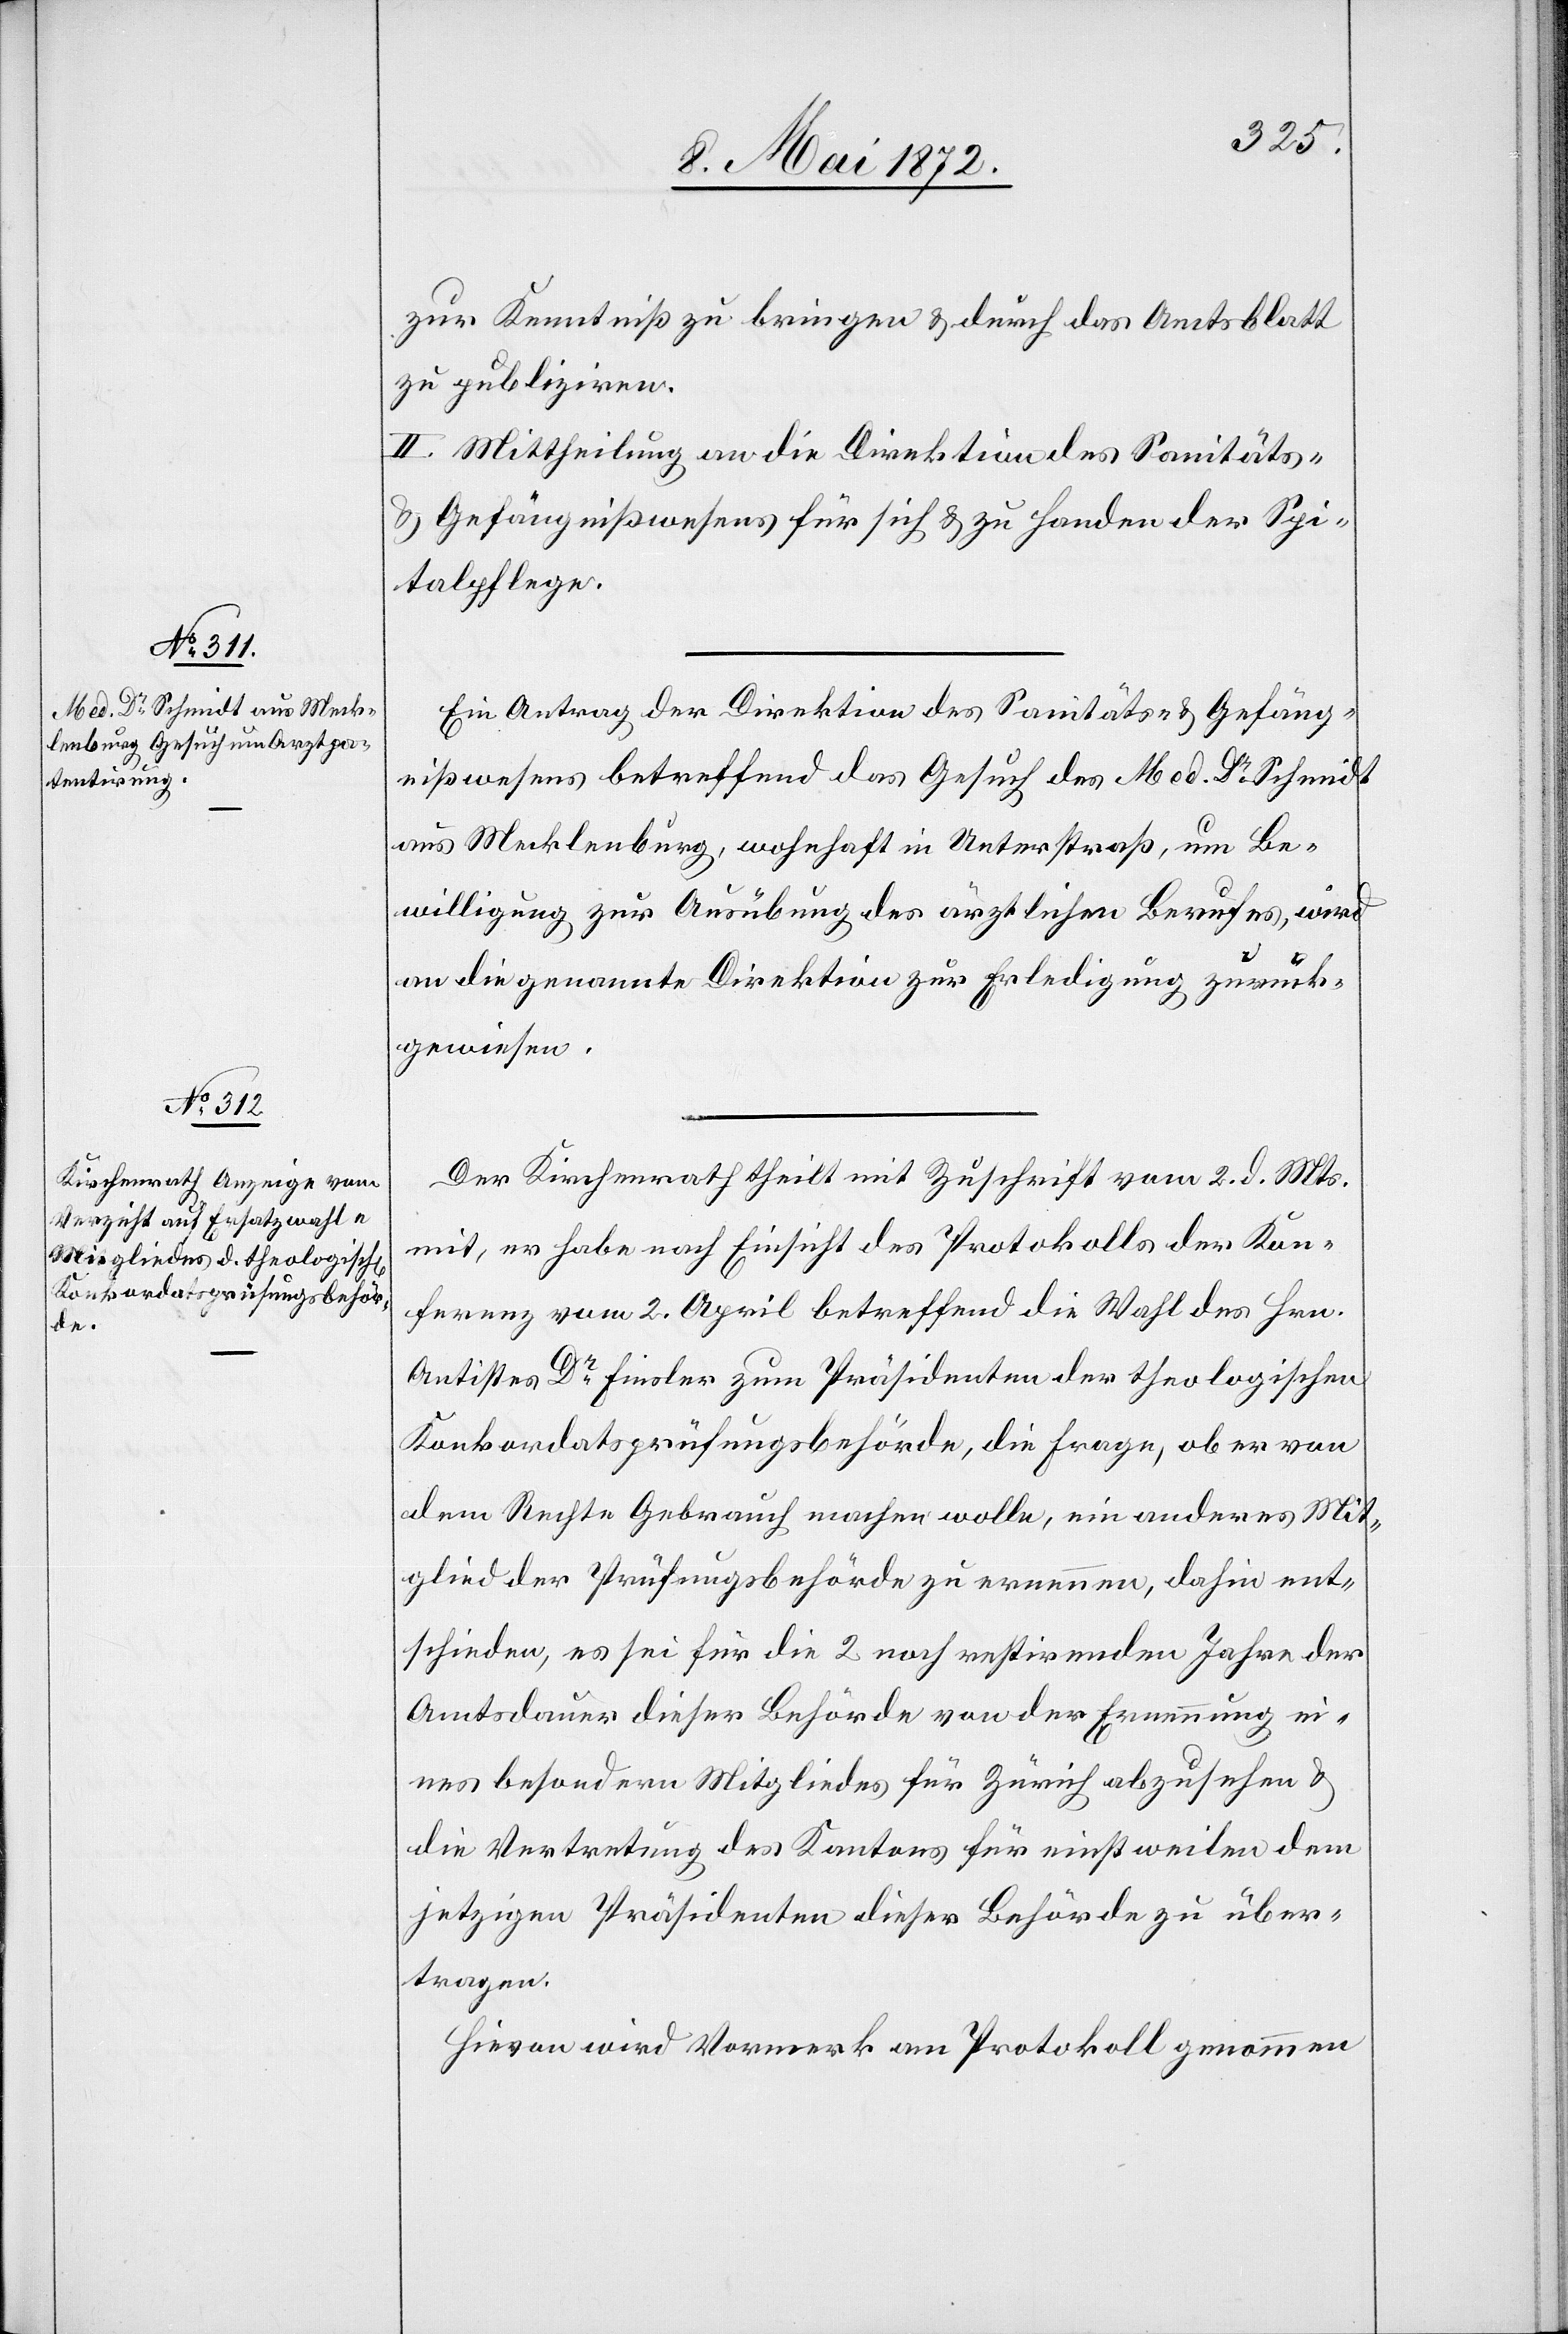
zur Kenntniß zu bringen u. durch das Amtsblatt
zu publiziren.
II. Mittheilung an die Direktion des Sanitäts-
u. Gefängnißwesens für sich u. zu Handen der Spi¬
talpflege.
Ein Antrag der Direktion des Sanitäts- u. Gefäng¬
nißwesens betreffend das Gesuch des Med. Dr. Schmidt
aus Mecklenburg, wohnhaft in Unterstraß, um Be¬
willigung zur Ausübung des ärztlichen Berufes, wird
an die genannte Direktion zur Erledigung zurück¬
gewiesen.
Der Kirchenrath theilt mit Zuschrift vom 2. d. Mts.
mit, er habe nach Einsicht des Protokolls der Kon¬
ferenz vom 2. April betreffend die Wahl des Hrn.
Antistes Dr. Finsler zum Präsidenten der theologischen
Konkordatsprüfungsbehörde, die Frage, ob er von
dem Rechte Gebrauch machen wolle, ein anderes Mit¬
glied der Prüfungsbehörde zu ernennen, dahin ent¬
schieden, es sei für die 2 noch restirenden Jahre der
Amtsdauer dieser Behörde von der Ernennung ei¬
nes besondern Mitgliedes für Zürich abzusehen u.
die Vertretung des Kantons für einstweilen dem
jetzigen Präsidenten dieser Behörde über¬
tragen.
Hievon wird Vormerk am Protokoll genommen